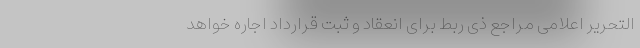
التحریر اعلامی مراجع ذی ربط برای انعقاد و ثبت قرارداد اجاره خواهد